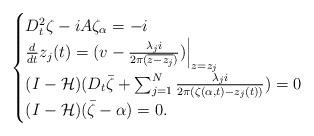
LaTeX: \begin{align*}\begin{cases}D_t^2\zeta-iA\zeta_{\alpha}=-i\\\frac{d}{dt}z_j(t)=(v-\frac{\lambda_j i}{2\pi(\overline{z-z_j})})\Big |_{z=z_j}\\(I-\mathcal{H})(D_t\bar{\zeta}+\sum_{j=1}^N \frac{\lambda_j i}{2\pi(\zeta(\alpha,t)-z_j(t))})=0\\(I-\mathcal{H})(\bar{\zeta}-\alpha)=0.\end{cases}\end{align*}